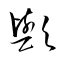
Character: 歟